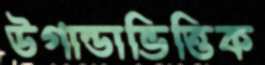
উগান্ডাভিত্তিক